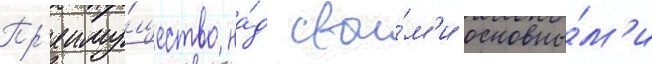
Пр'еиму́щество на́д свои́м'и основны́м'и